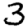
Digit: 3